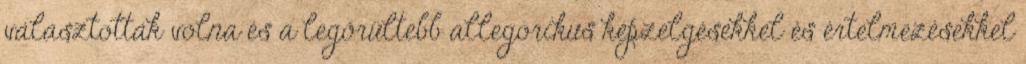
választották volna és a legőrültebb allegorikus képzelgésekkel és értelmezésekkel